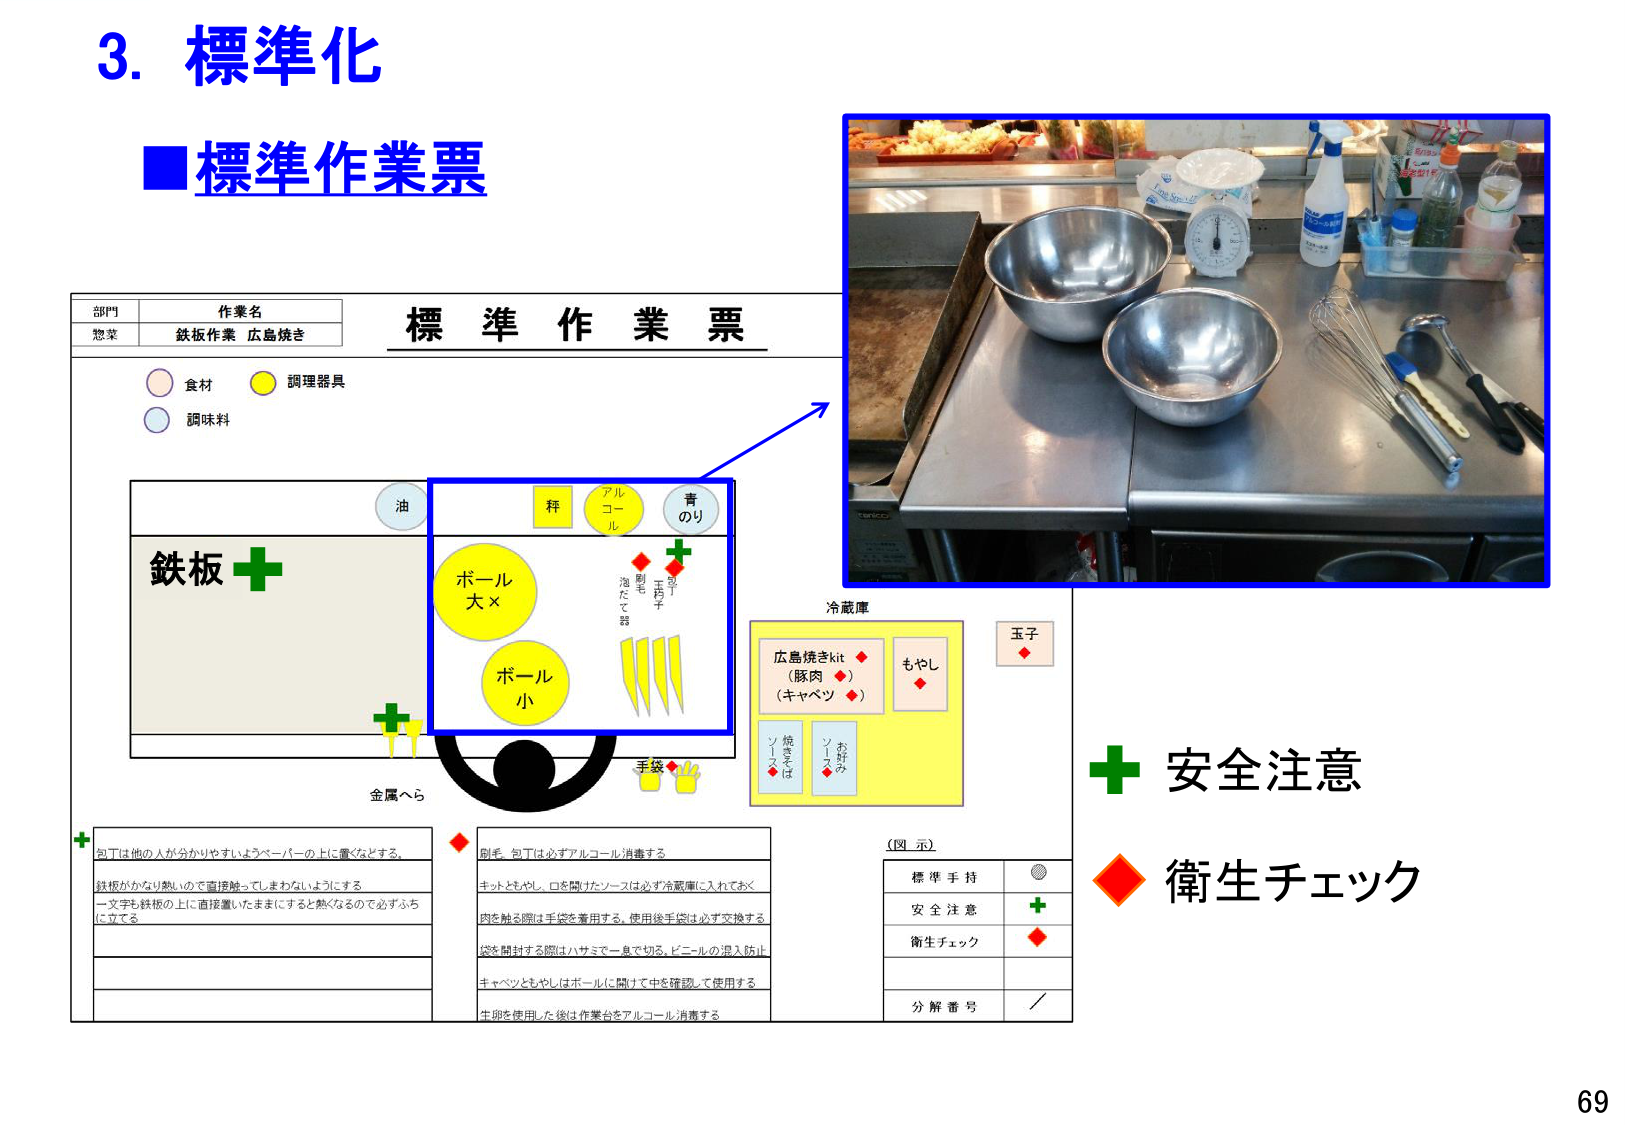
3. 標準化
■標準作業票

部門 作業名
惣菜 鉄板作業 広島焼き

標 準 作 業 票

食材 調理器具
調味料

油
鉄板 +
ボール 大 ×
ボール 小
青 のり
アル コール
秤
泡 た て て 器
刷毛
玉子
手袋

金属へら

包丁は他の人が分かりやすいようペーパーの上に置くなどする。
鉄板がかなり熱いので直接触ってしまわないようにする
一文字も鉄板の上に直接置いたままにすると熱くなるので必ずふちに立てる

刷毛、包丁は必ずアルコール消毒する
キットともやし、口を開けたソースは必ず冷蔵庫に入れておく
肉を触る際は手袋を着用する。使用後手袋は必ず交換する
袋を閉封する際はハサミで一息で切る。ビニールの混入防止
キャベツともやしはボールに開けて中を確認して使用する
生卵を使用した後は作業台をアルコール消毒する

冷蔵庫
広島焼きkit ◆
（豚肉 ◆）
（キャベツ ◆）
もやし ◆
玉子 ◆
ソース ◆
お好みソース ◆
挽きそばソース ◆

（図 示）
標準手持 ◎
安全注意 +
衛生チェック ◆
分解番号 ／

+ 安全注意
◆ 衛生チェック

69